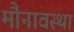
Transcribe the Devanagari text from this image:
मौनावस्था